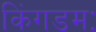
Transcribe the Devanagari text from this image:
किंगडमः